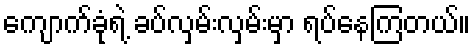
ကျောက်ခုံရဲ့ ခပ်လှမ်းလှမ်းမှာ ရပ်နေကြတယ်။